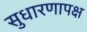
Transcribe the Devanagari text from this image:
सुधारणापक्ष